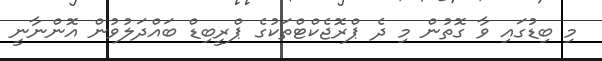
މި ބިޑުގައި ވާ ގޮތުން މި ދެ ޕްރޮޖެކްޓްތަކުގެ ޕްރީބިޑް ބައްދަލުވުން އޮންނާނީ